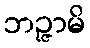
ဘဉ္ဇာမိ